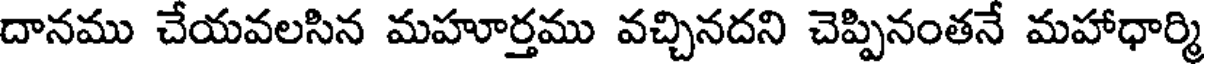
దానము చేయవలసిన మహూర్తము వచ్చినదని చెప్పినంతనే మహాధార్మి